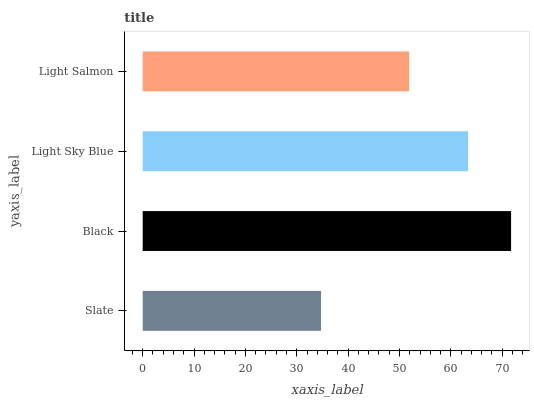
| yaxis_label | bars |
 | --- | --- |
 | Slate | 34.7 |
 | Black | 71.7 |
 | Light Sky Blue | 63.4 |
 | Light Salmon | 51.9 |